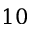
1 0